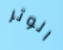
الوتر